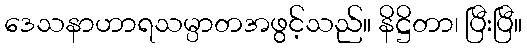
ဒေသနာဟာရသမ္ပာတအဖွင့်သည်။ နိဋ္ဌိတာ၊ ပြီးပြီ။